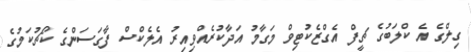
ގިލްގެ އެ ކްލަބުގެ ޗީފް އެގްޒެކުޓިވް މަގާމު އަދާކުރެއްވިިއިރު އެލެކްސް ފާގަސަންގެ ކޯޗުކަމުގެ